Lock hospitals Punjab
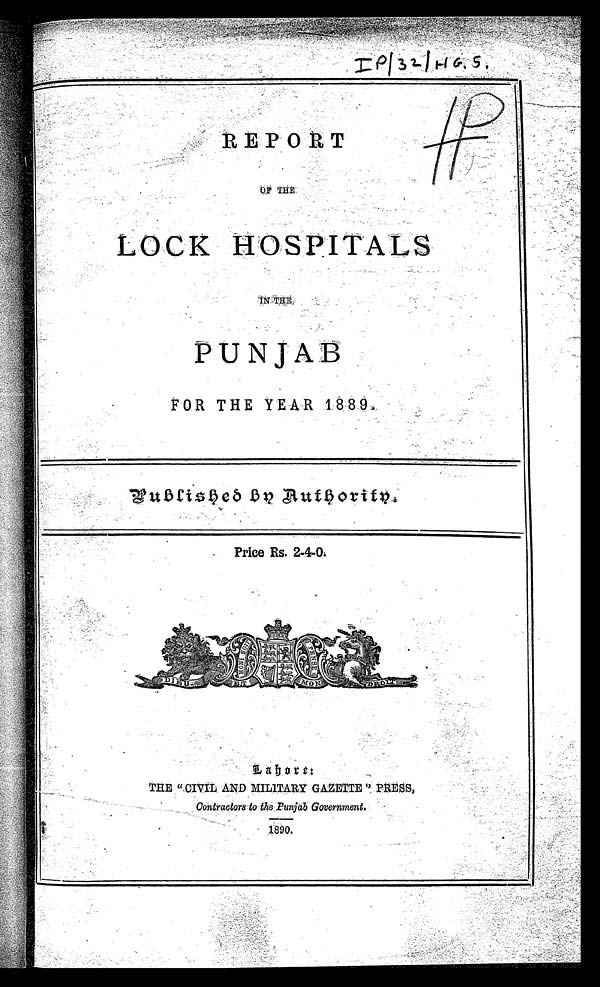
REPORT
O F T H E
LOCK HOSPITALS
I N T H E
PUNJAB
FOR THE YEAR 1889.
published on authourity.
Price Rs. 2-4-0.
L a b o r e :
THE "CIVIL AND MILITARY GAZETTE "
P R E S S ,
Contractors to the Punjab Government.
1890.